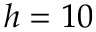
h = 1 0